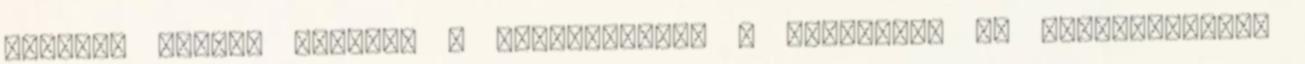
Robotok fogják kitúrni a hallgatókat, a tanárokat az egyetemekről?